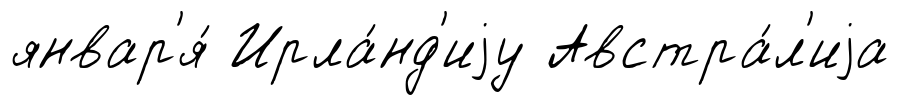
январ'я́ Ирла́нд'иjу Австра́л'иjа